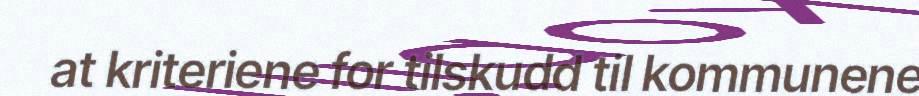
at kriteriene for tilskudd til kommunene